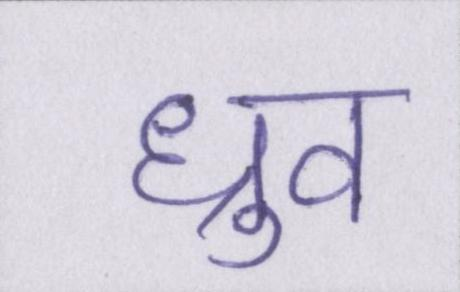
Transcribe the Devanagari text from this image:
ध्रुव